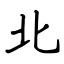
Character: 北